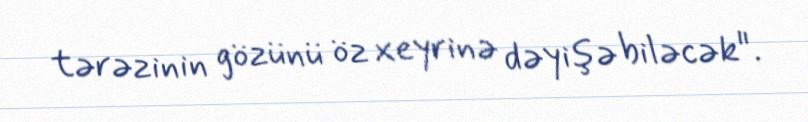
tərəzinin gözünü öz xeyrinə dəyişə biləcək".